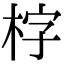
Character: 𣑑